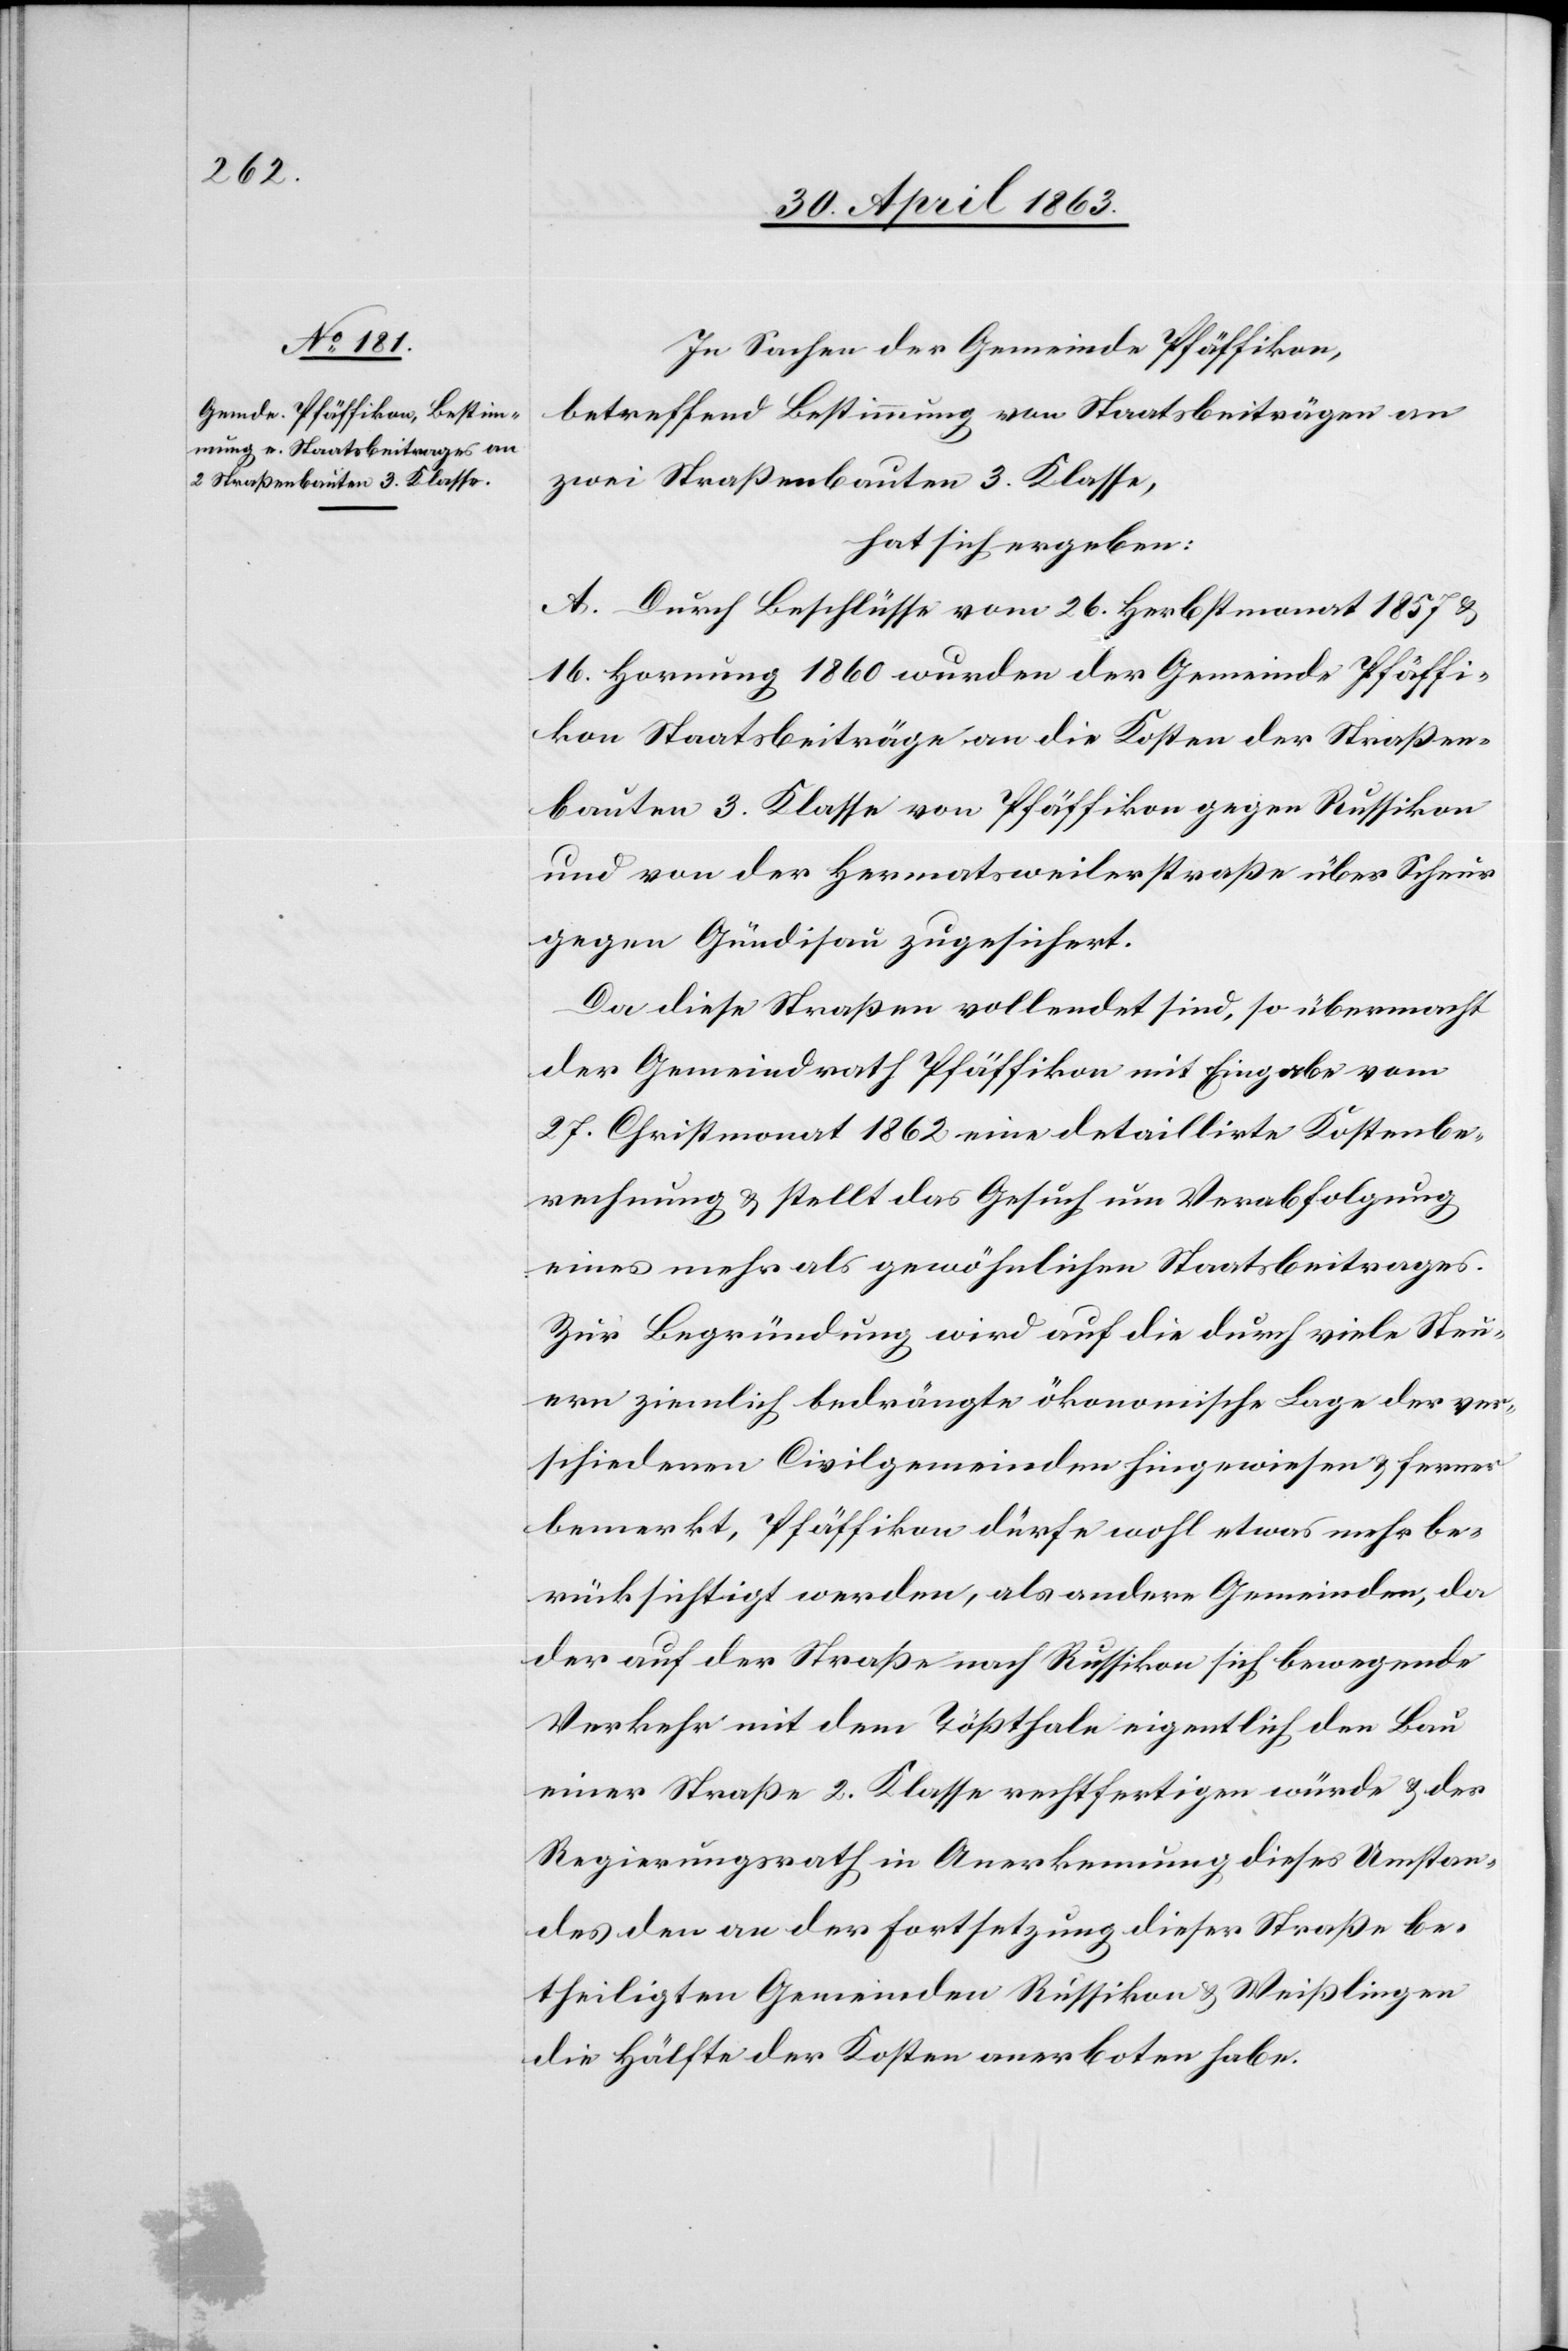
In Sachen der Gemeinde Pfäffikon,
betreffend Bestimmung von Staatsbeiträgen an
zwei Straßenbauten 3. Klasse,
hat sich ergeben:
A. Durch Beschlüsse vom 26. Herbstmonat 1857 &
16. Hornung 1860 wurden der Gemeinde Pfäffi¬
kon Staatsbeiträge an die Kosten der Straßen¬
bauten 3. Klasse von Pfäffikon gegen Russikon
und von der Hermatsweilerstraße über Scheur
gegen Gündisau zugesichert.
Da diese Straßen vollendet sind, so übermacht
der Gemeindrath Pfäffikon mit Eingabe vom
27. Christmonat 1862 eine detaillirte Kostenbe¬
rechnung & stellt das Gesuch um Verabfolgung
eines mehr als gewöhnlichen Staatsbeitrages.
Zur Begründung wird auf die durch viele Steu¬
ern ziemlich bedrängte ökonomische Lage der ver¬
schiedenen Civilgemeinden hingewiesen & ferner
bemerkt, Pfäffikon dürfe wohl etwas mehr be¬
rücksichtigt werden, als andere Gemeinden, da
der auf der Straße nach Russikon sich bewegende
Verkehr mit dem Tößthale eigentlich den Bau
einer Straße 2. Klasse rechtfertigen würde & der
Regierungsrath in Anerkennung dieses Umstan¬
des den an der Fortsetzung dieser Straße be¬
theiligten Gemeinden Russikon & Weißlingen
die Hälfte der Kosten anerboten habe.